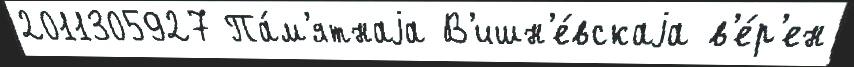
2011305927 Па́м'ятнаjа В'ишн'е́вскаjа в'е́р'ен